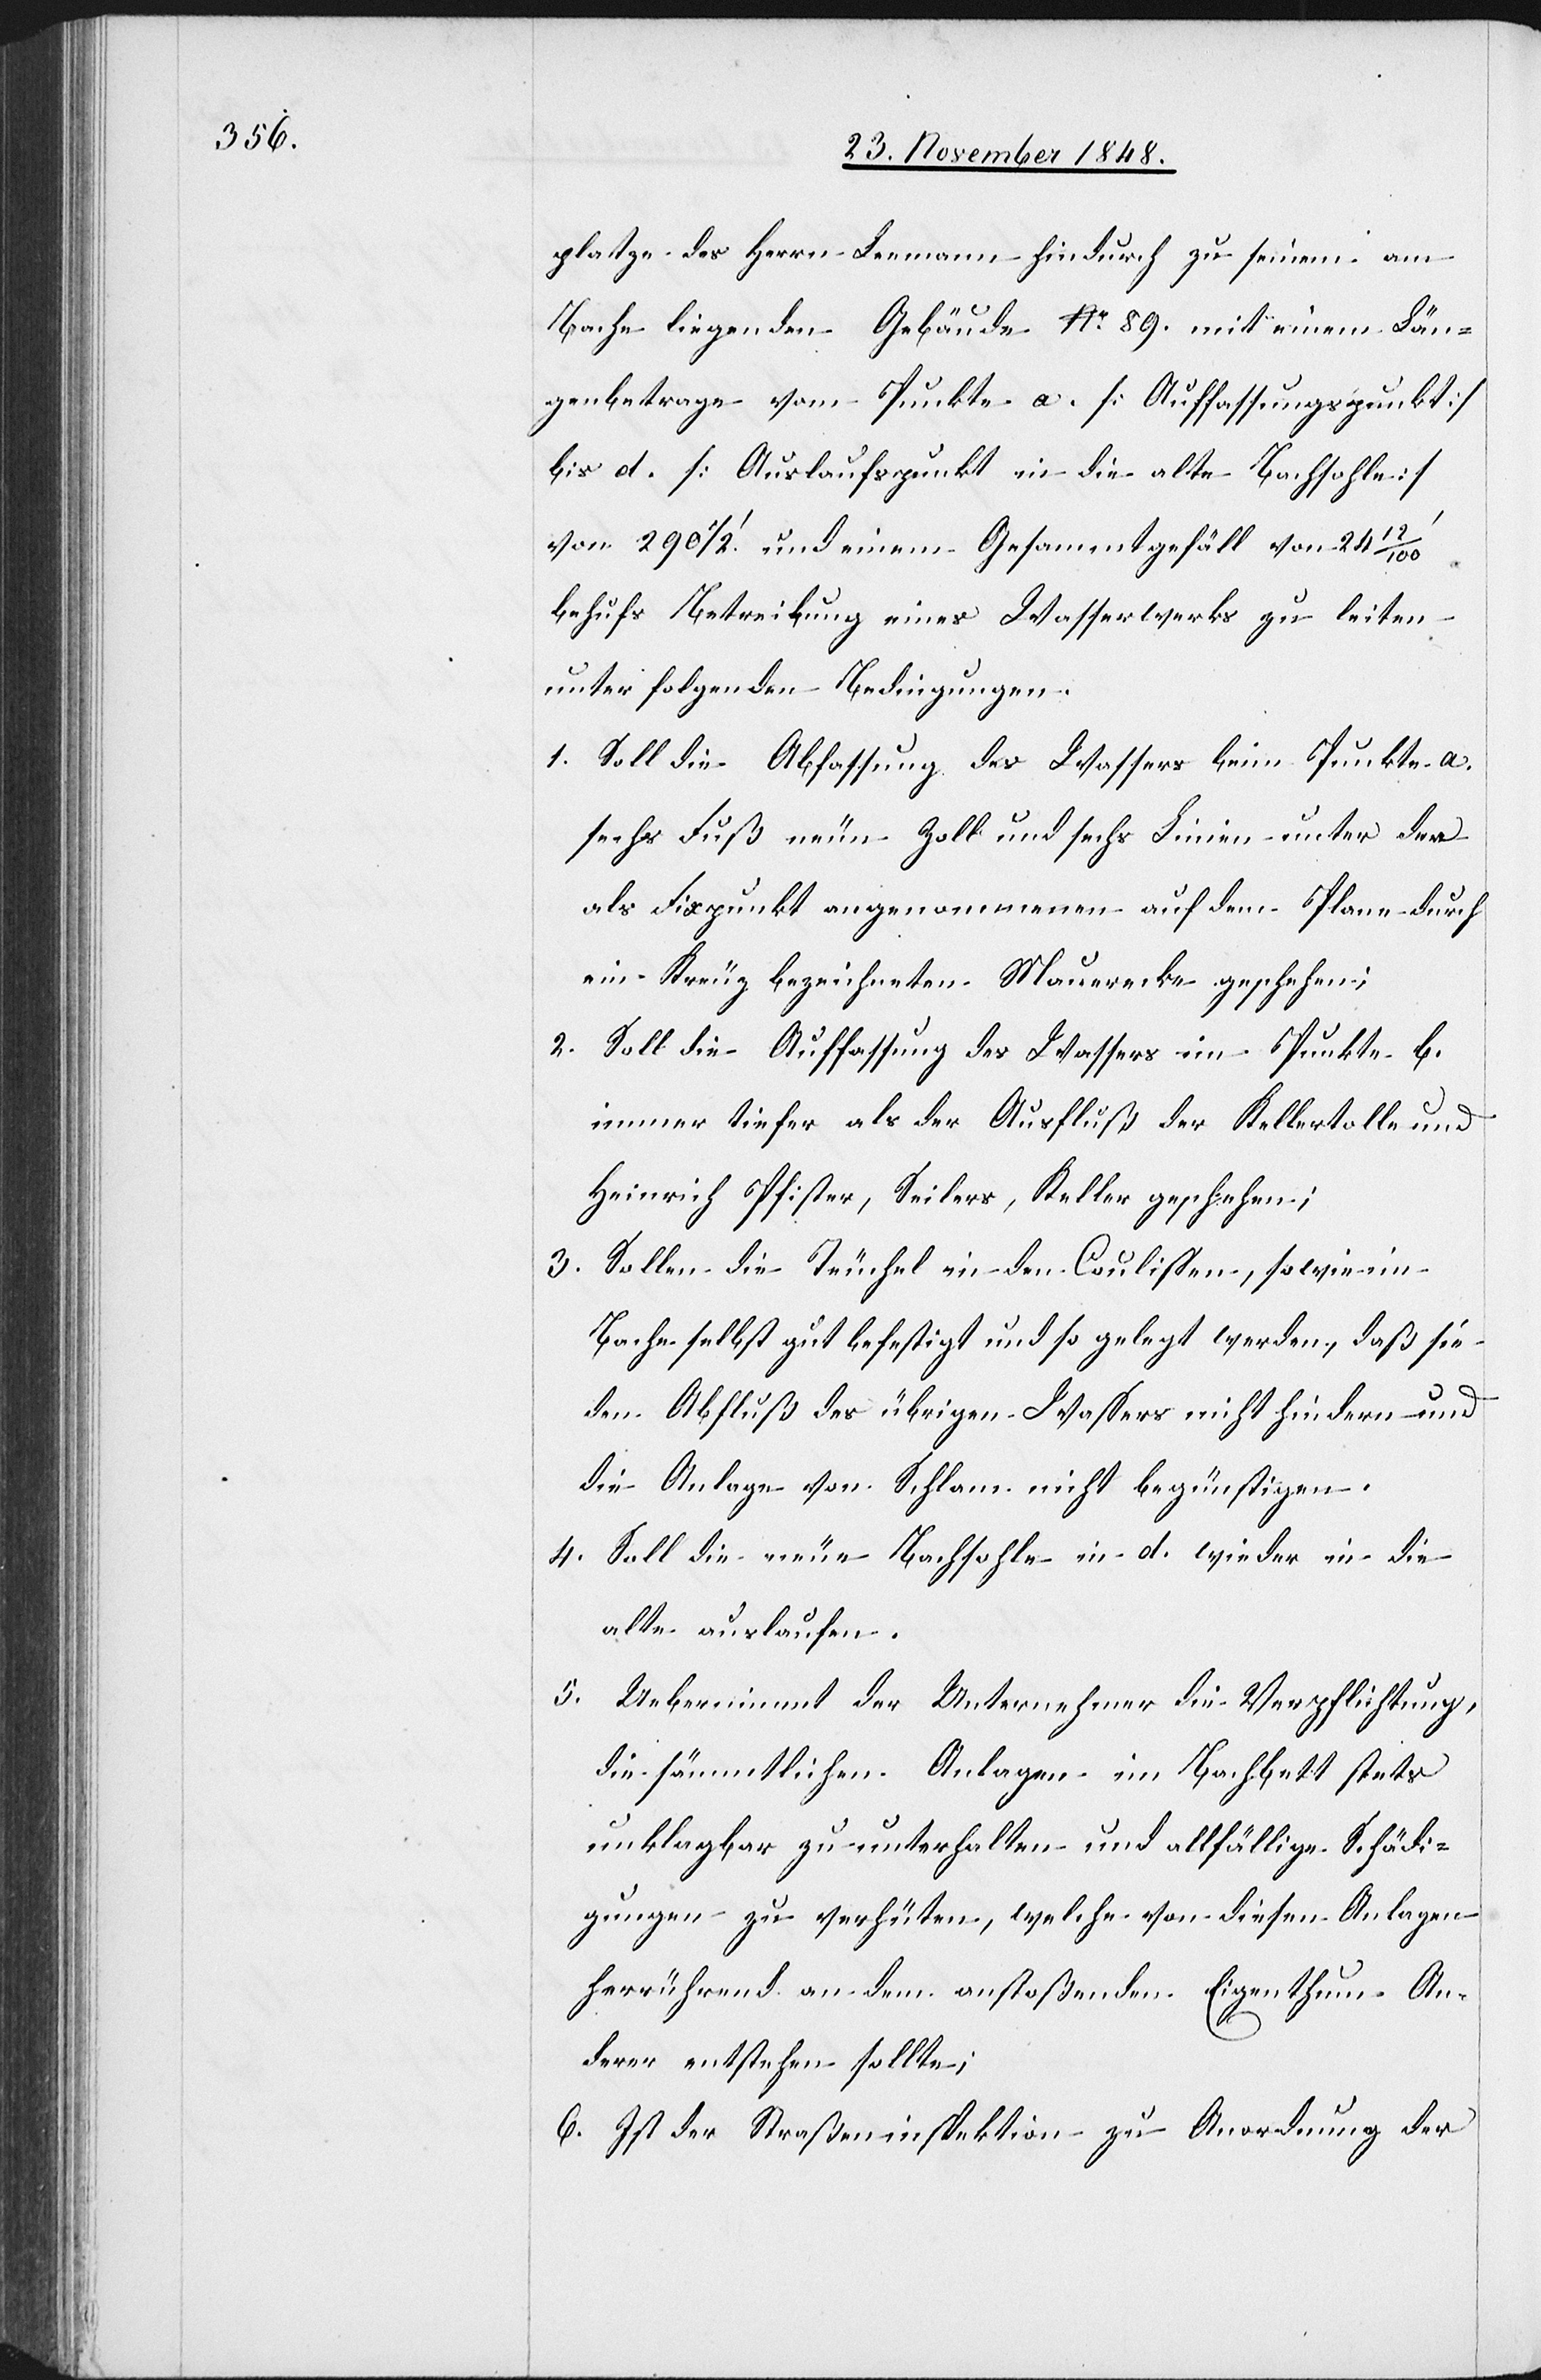
platze des Herrn Leemann hindurch zu seinem am
Bache liegenden Gebäude No 89. mit einem Län¬
genbetrage vom Punkte a. [Auffassungspunkt]
bis d. [Auslaufspunkt in die alte Bachsohle]
von 290 ½’. und einem Gesammtgefäll von 24
behufs Betreibung eines Wasserwerks zu leiten
unter folgenden Bedingungen
1. Soll die Abfassung des Wassers beim Punkte a.
sechs Fuß neun Zoll und sechs Linien unter der
als Fixpunkt angenommenen auf dem Plane durch
ein Kreuz bezeichneten Mauerecke geschehen;
2. Soll die Auffassung des Wassers im Punkte b.
immer tiefer als der Ausfluß der Kellertolle und
Heinrich Pfister, Seilers, Keller geschehen;
3. Sollen die Teuchel in den Coulissen, sowie im
Bache selbst gut befestigt und so gelegt werden, daß sie
den Abfluß des übrigen Wassers nicht hindern und
die Anlage von Schlam nicht begünstigen.
4. Soll die neue Bachsohle in d. wieder in die
alte auslaufen.
5. Uebernimmt der Unternehmer die Verpflichtung,
die sämmtlichen Anlagen im Bachbett stets
unklagbar zu unterhalten und allfällige Schädi¬
gungen zu verhüten, welche von diesen Anlagen
herrührend an dem anstoßenden Eigenthum An¬
derer entstehen sollte;
6. Ist der Straßeninspektion zu Anordnung der